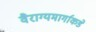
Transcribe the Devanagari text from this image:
वैराग्यमार्गाकडे